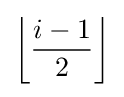
\left\lfloor {\frac {i-1}{2}}\right\rfloor